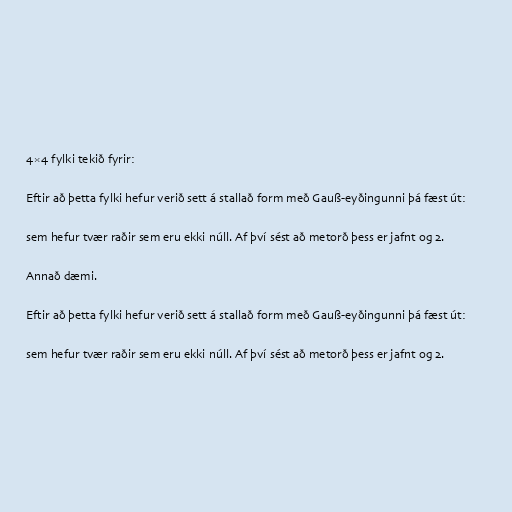
4×4 fylki tekið fyrir:

Eftir að þetta fylki hefur verið sett á stallað form með Gauß-eyðingunni þá fæst út:

sem hefur tvær raðir sem eru ekki núll. Af því sést að metorð þess er jafnt og 2.

Annað dæmi.

Eftir að þetta fylki hefur verið sett á stallað form með Gauß-eyðingunni þá fæst út:

sem hefur tvær raðir sem eru ekki núll. Af því sést að metorð þess er jafnt og 2.